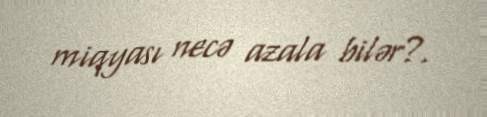
miqyası necə azala bilər?.